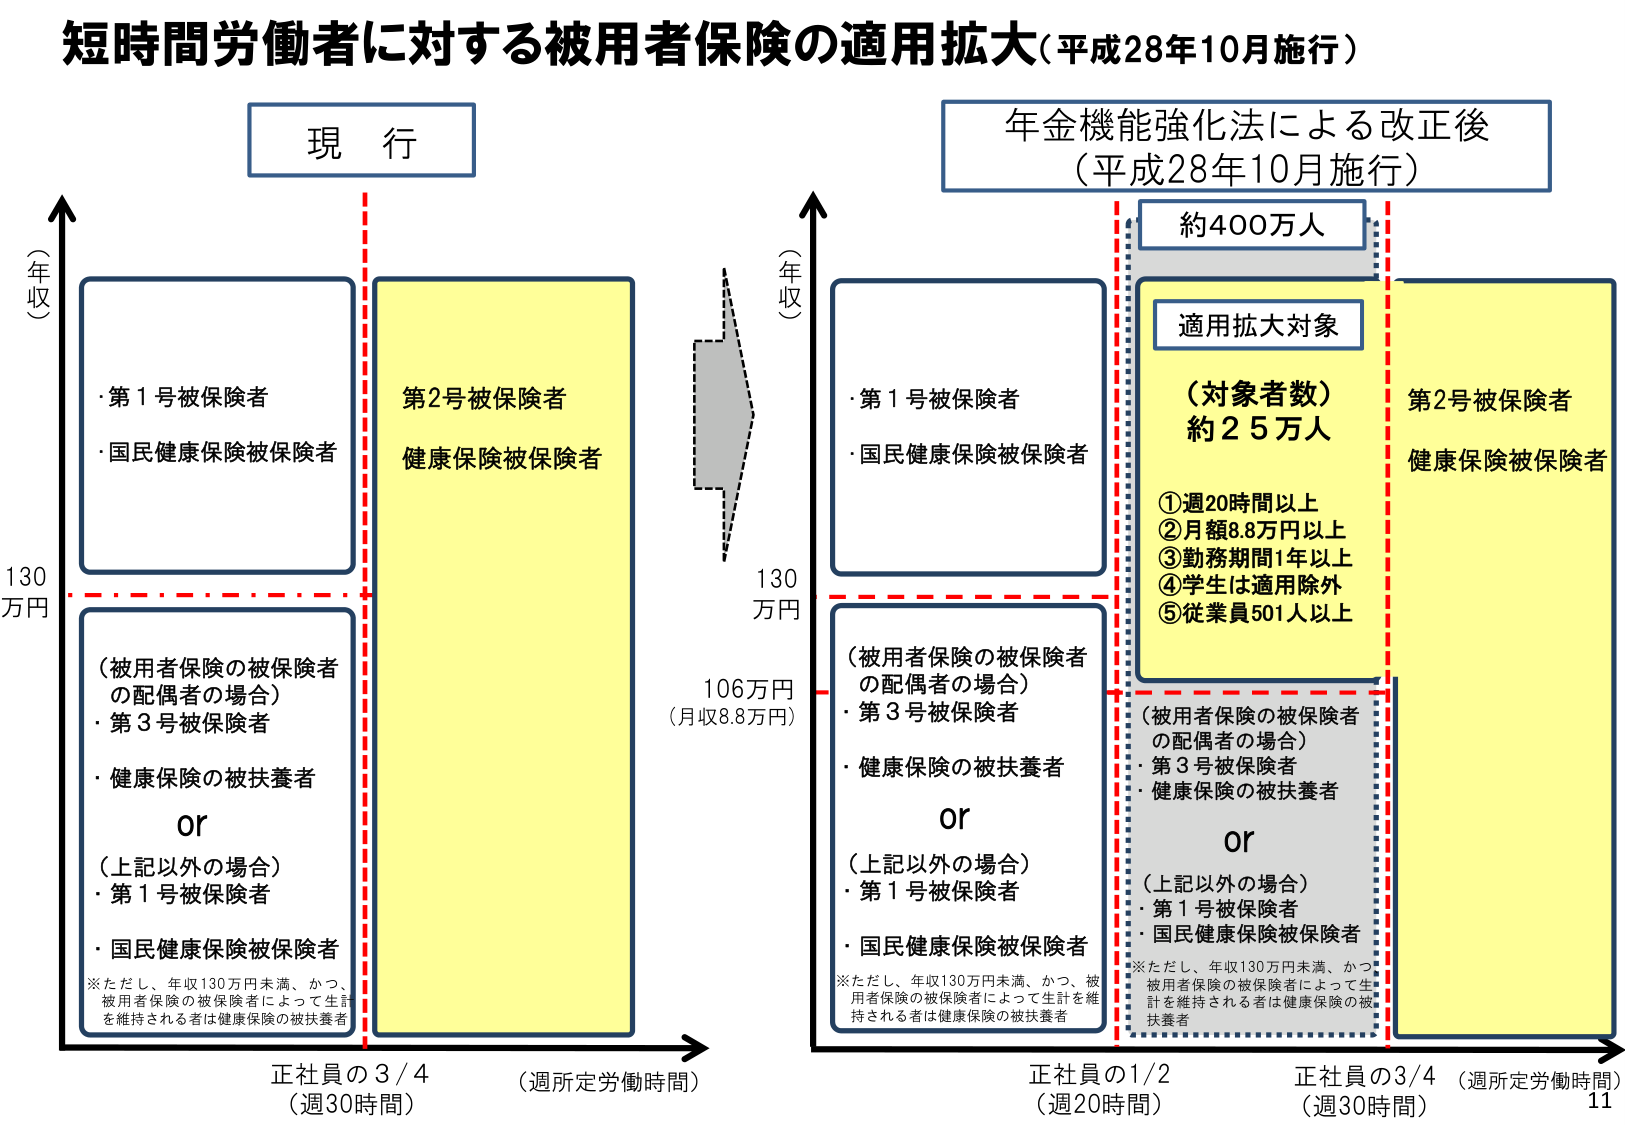
短時間労働者に対する被用者保険の適用拡大（平成28年10月施行）

現行

（年収）
130万円

・第1号被保険者
・国民健康保険被保険者

（被用者保険の被保険者の配偶者の場合）
・第3号被保険者
・健康保険の被扶養者
or
（上記以外の場合）
・第1号被保険者
・国民健康保険被保険者

※ただし、年収130万円未満、かつ、被用者保険の被保険者によって生計を維持される者は健康保険の被扶養者

第2号被保険者
健康保険被保険者

正社員の3/4
（週30時間）

年金機能強化法による改正後
（平成28年10月施行）

（年収）
130万円
106万円（月額8.8万円）

・第1号被保険者
・国民健康保険被保険者

（被用者保険の被保険者の配偶者の場合）
・第3号被保険者
・健康保険の被扶養者
or
（上記以外の場合）
・第1号被保険者
・国民健康保険被保険者

※ただし、年収130万円未満、かつ、被用者保険の被保険者によって生計を維持される者は健康保険の被扶養者

適用拡大対象
（対象者数）約25万人
①週20時間以上
②月額8.8万円以上
③勤務期間1年以上
④学生は適用除外
⑤従業員501人以上

（被用者保険の被保険者の配偶者の場合）
・第3号被保険者
・健康保険の被扶養者
or
（上記以外の場合）
・第1号被保険者
・国民健康保険被保険者

※ただし、年収130万円未満、かつ、被用者保険の被保険者によって生計を維持される者は健康保険の被扶養者

第2号被保険者
健康保険被保険者

正社員の1/2
（週20時間）

正社員の3/4
（週30時間）

約400万人

11